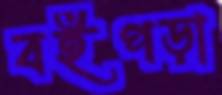
বইপড়া